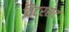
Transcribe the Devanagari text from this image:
विंटरसेट